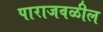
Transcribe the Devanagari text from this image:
पाराजवळील